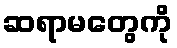
ဆရာမတွေကို